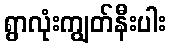
ရွာလုံးကျွတ်နီးပါး